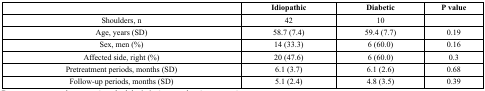
<table><thead><tr><td></td><td><b>Idiopathic</b></td><td><b>Diabetic</b></td><td><b>P value</b></td></tr></thead><tbody><tr><td>Shoulders, n</td><td>42</td><td>10</td><td></td></tr><tr><td>Age, years (SD)</td><td>58.7 (7.4)</td><td>59.4 (7.7)</td><td>0.19</td></tr><tr><td>Sex, men (%)</td><td>14 (33.3)</td><td>6 (60.0)</td><td>0.16</td></tr><tr><td>Affected side, right (%)</td><td>20 (47.6)</td><td>6 (60.0)</td><td>0.3</td></tr><tr><td>Pretreatment periods, months (SD)</td><td>6.1 (3.7)</td><td>6.1 (2.6)</td><td>0.68</td></tr><tr><td>Follow-up periods, months (SD)</td><td>5.1 (2.4)</td><td>4.8 (3.5)</td><td>0.39</td></tr></tbody></table>